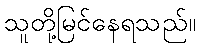
သူတို့မြင်နေရသည်။